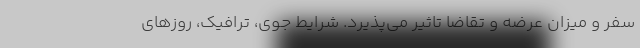
سفر و میزان عرضه و تقاضا تاثیر می‌پذیرد. شرایط جوی، ترافیک، روزهای